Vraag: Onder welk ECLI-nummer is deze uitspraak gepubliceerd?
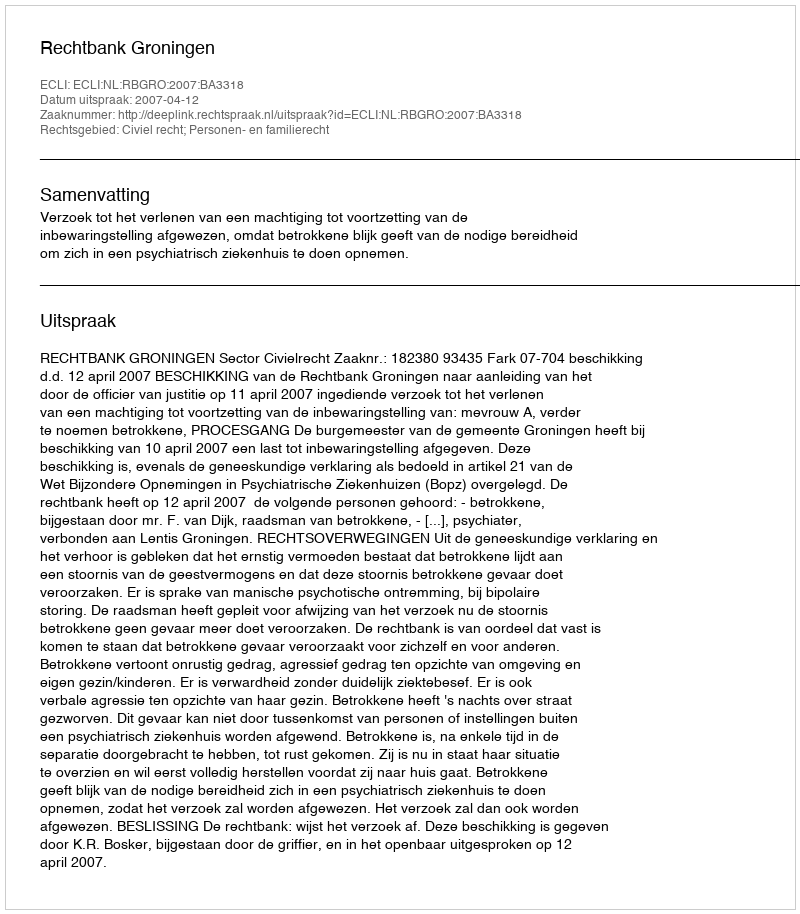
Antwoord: ECLI:NL:RBGRO:2007:BA3318